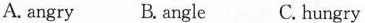
A. angry B.angle C. hungry